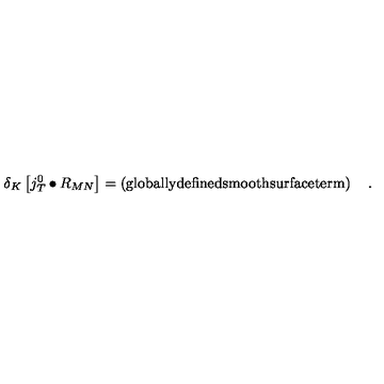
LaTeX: \delta _ { K } \left[ j _ { T } ^ { 0 } \bullet R _ { M N } \right] = \left( \mathrm { g l o b a l l y d e f i n e d s m o o t h s u r f a c e t e r m } \right) \quad .